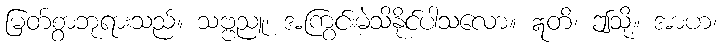
မြတ်စွာဘုရားသည်။ သဗ္ဗညူ၊ အကြွင်းမဲ့သိနိုင်ပါသလော။ ဣတိ၊ ဤသို့။ အာဟ၊